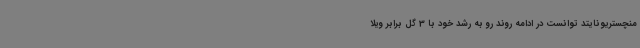
منچستریونایتد توانست در ادامه روند رو به رشد خود با 3 گل برابر ویلا